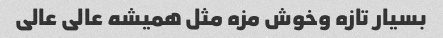
بسیار تازه وخوش مزه مثل همیشه عالی عالی